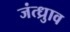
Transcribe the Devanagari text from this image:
जंत्ध्रुाव